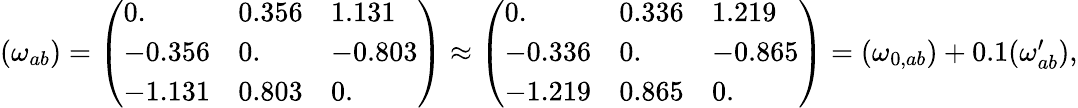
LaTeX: \begin{array}{r}{(\omega_{ab})=\left(\begin{array}{lll}{0.}&{0.356}&{1.131}\\ {-0.356}&{0.}&{-0.803}\\ {-1.131}&{0.803}&{0.}\end{array}\right)\approx\left(\begin{array}{lll}{0.}&{0.336}&{1.219}\\ {-0.336}&{0.}&{-0.865}\\ {-1.219}&{0.865}&{0.}\end{array}\right)=(\omega_{0,ab})+0.1(\omega_{ab}^{\prime}),}\end{array}